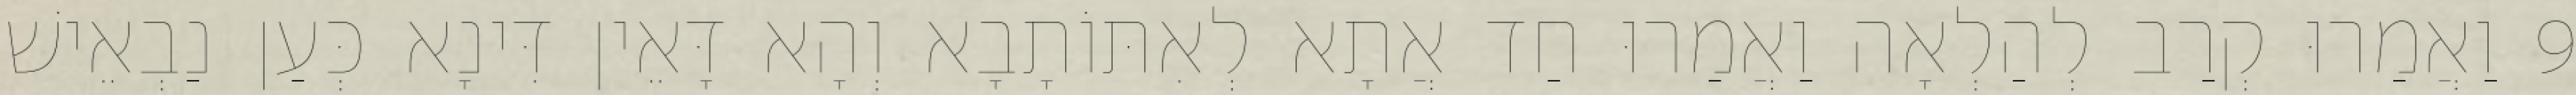
9 וַאֲמַרוּ קְרַב לְהַלְאָה וַאֲמַרוּ חַד אֲתָא לְאִתּוֹתָבָא וְהָא דָּאֵין דִּינָא כְּעַן נַבְאֵישׁ